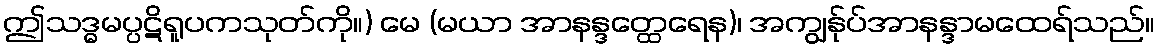
ဤသဒ္ဓမပ္ပဋိရူပကသုတ်ကို။) မေ (မယာ အာနန္ဒတ္ထေရေန)၊ အကျွန်ုပ်အာနန္ဒာမထေရ်သည်။